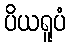
ပိယရူပံ